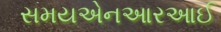
સમયએનઆરઆઈ